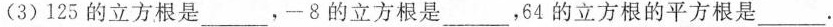
(3)125的立方根是___，-8的立方根是___，64的立方根的平方根是___。